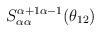
LaTeX: \begin{align*}S_{\alpha\alpha }^{\alpha +1\alpha -1}(\theta _{12})\end{align*}